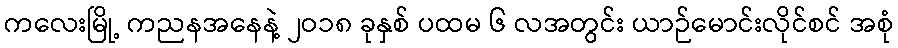
ကလေးမြို့ ကညနအနေနဲ့ ၂ဝ၁၈ ခုနှစ် ပထမ ၆ လအတွင်း ယာဉ်မောင်းလိုင်စင် အစုံ